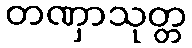
တဏှာသုတ္တ